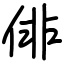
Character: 俳